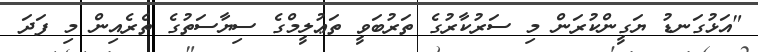
"އަޅުގަނޑު ޔަގީންކުރަން މި ސަރުކާރުގެ ތަރުބަވީ ތަޢުލީމްގެ ސިޔާސަތުގެ ތެރެއިން މި ފަދަ